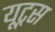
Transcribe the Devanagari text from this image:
यूट्रस